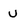
Character: u